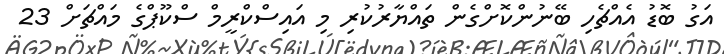
އަގު ބޮޑު އެއްޗެހި ބޭނުންކޮށްގެން ތައްޔާރުކުރި މި އައިސްކްރީމް ސްކޫޕްގެ މައްޗަށް 23